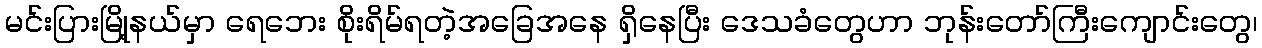
မင်းပြားမြို့နယ်မှာ ရေဘေး စိုးရိမ်ရတဲ့အခြေအနေ ရှိနေပြီး ဒေသခံတွေဟာ ဘုန်းတော်ကြီးကျောင်းတွေ၊